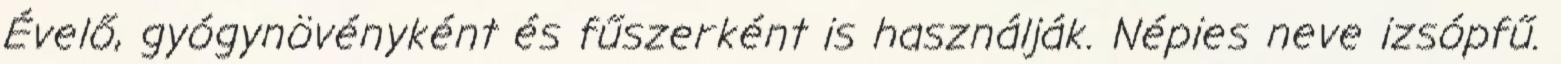
Évelő, gyógynövényként és fűszerként is használják. Népies neve izsópfű.